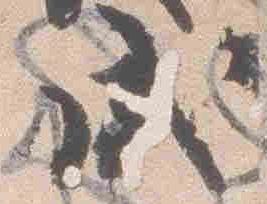
戌